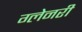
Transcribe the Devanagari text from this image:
ग्‍लेनरी